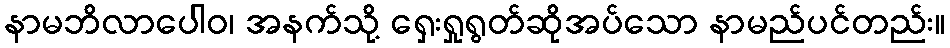
နာမဘိလာပေါဝ၊ အနက်သို့ ရှေးရှုရွတ်ဆိုအပ်သော နာမည်ပင်တည်း။